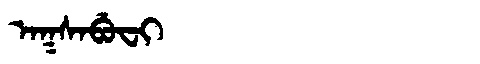
Manchu: ᠠᡴᠰᠠᠪᡠᠸᡳ
Romanization: AKSABUFI